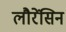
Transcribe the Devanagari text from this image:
लौरेंसिन